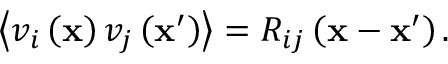
\left\langle v _ { i } \left( \mathbf { x } \right) v _ { j } \left( \mathbf { x } ^ { \prime } \right) \right\rangle = R _ { i j } \left( \mathbf { x } - \mathbf { x } ^ { \prime } \right) .